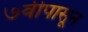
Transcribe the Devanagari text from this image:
७वीपासून